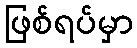
ဖြစ်ရပ်မှာ